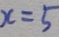
x = 5